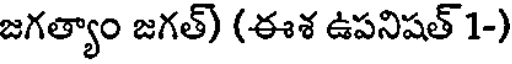
జగత్యాం జగత్) (ఈశ ఉపనిషత్ 1-)